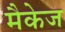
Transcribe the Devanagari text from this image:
मैकेज